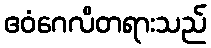
ဧဝံဂေလိတရားသည်